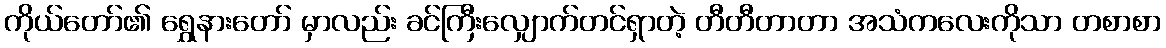
ကိုယ်တော်၏ ရွှေနားတော် မှာလည်း ခင်ကြီးလျှောက်တင်ရှာတဲ့ တီတီတာတာ အသံကလေးကိုသာ တစာစာ